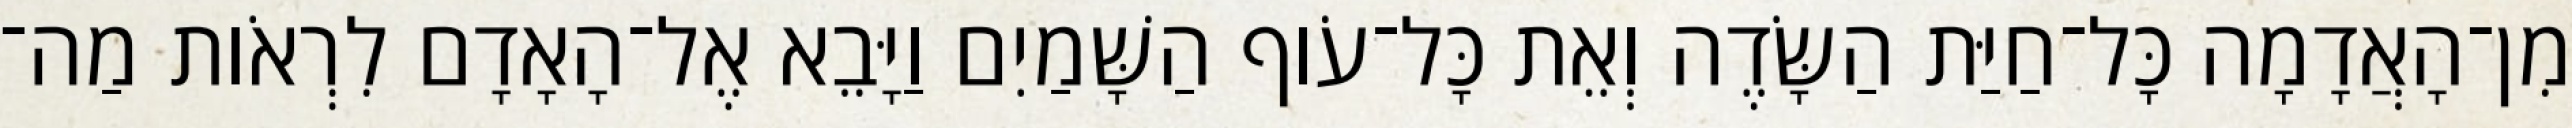
מִן־הָאֲדָמָה כָּל־חַיַּת הַשָּׂדֶה וְאֵת כָּל־עֹוף הַשָּׁמַיִם וַיָּבֵא אֶל־הָאָדָם לִרְאֹות מַה־